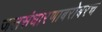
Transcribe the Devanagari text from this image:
जलसंधारणाबरोबरच